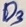
Text: D3